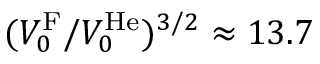
( V _ { 0 } ^ { \mathrm { F } } / V _ { 0 } ^ { \mathrm { H e } } ) ^ { 3 / 2 } \approx 1 3 . 7